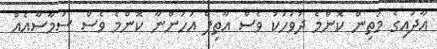
އާދައިގެ މަތިން ކޮންމެ ދުވަހަކު ވެސް އާތިފް އަހަންނާ ކޮންމެ ވެސް ސަމާސާއެއް